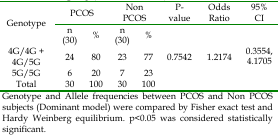
<table><thead><tr><td><b>Genotype</b></td><td colspan="2"><b>PCOS</b></td><td colspan="2"><b>Non PCOS</b></td><td><b>P-value</b></td><td><b>Odds Ratio</b></td><td><b>95% CI</b></td></tr></thead><tbody><tr><td></td><td>n (30)</td><td>%</td><td>n (30)</td><td>%</td><td></td><td></td><td></td></tr><tr><td>4G/4G + 4G/5G</td><td>24</td><td>80</td><td>23</td><td>77</td><td>0.7542</td><td>1.2174</td><td>0.3554, 4.1705</td></tr><tr><td>5G/5G</td><td>6</td><td>20</td><td>7</td><td>23</td><td></td><td></td><td></td></tr><tr><td>Total</td><td>30</td><td>100</td><td>30</td><td>100</td><td></td><td></td><td></td></tr><tr><td colspan="8">Genotype and Allele frequencies between PCOS and Non PCOS subjects (Dominant model) were compared by Fisher exact test and Hardy Weinberg equilibrium. p&lt;0.05 was considered statistically significant.</td></tr></tbody></table>